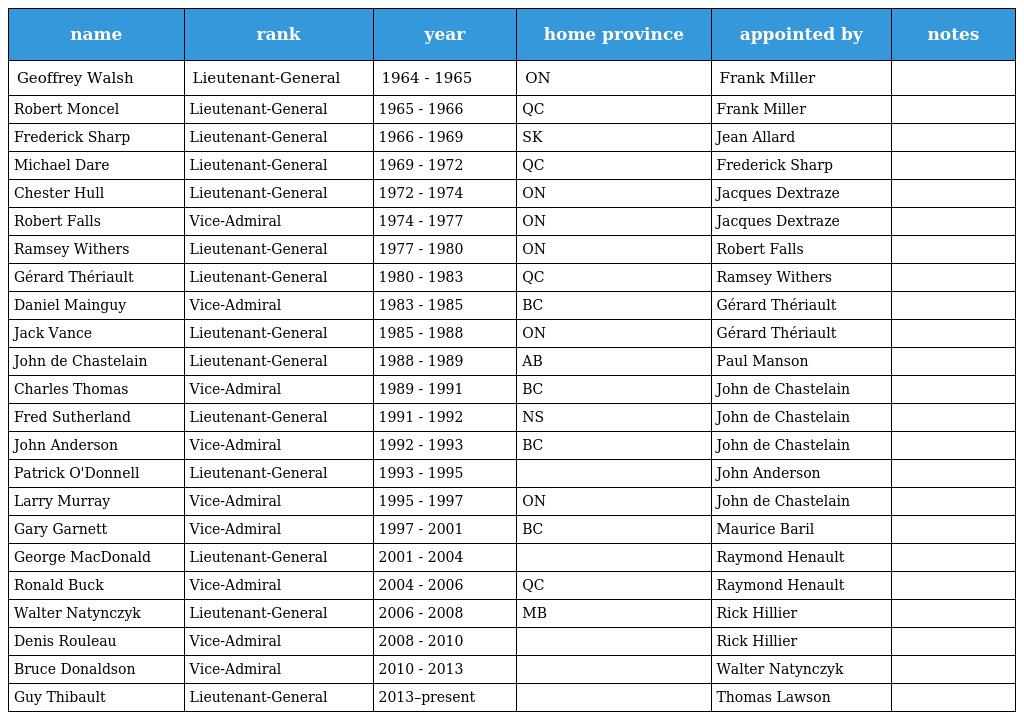
| name | rank | year | home province | appointed by | notes |
 | --- | --- | --- | --- | --- | --- |
 | Geoffrey Walsh | Lieutenant-General | 1964 - 1965 | ON | Frank Miller |  |
 | Robert Moncel | Lieutenant-General | 1965 - 1966 | QC | Frank Miller |  |
 | Frederick Sharp | Lieutenant-General | 1966 - 1969 | SK | Jean Allard |  |
 | Michael Dare | Lieutenant-General | 1969 - 1972 | QC | Frederick Sharp |  |
 | Chester Hull | Lieutenant-General | 1972 - 1974 | ON | Jacques Dextraze |  |
 | Robert Falls | Vice-Admiral | 1974 - 1977 | ON | Jacques Dextraze |  |
 | Ramsey Withers | Lieutenant-General | 1977 - 1980 | ON | Robert Falls |  |
 | Gérard Thériault | Lieutenant-General | 1980 - 1983 | QC | Ramsey Withers |  |
 | Daniel Mainguy | Vice-Admiral | 1983 - 1985 | BC | Gérard Thériault |  |
 | Jack Vance | Lieutenant-General | 1985 - 1988 | ON | Gérard Thériault |  |
 | John de Chastelain | Lieutenant-General | 1988 - 1989 | AB | Paul Manson |  |
 | Charles Thomas | Vice-Admiral | 1989 - 1991 | BC | John de Chastelain |  |
 | Fred Sutherland | Lieutenant-General | 1991 - 1992 | NS | John de Chastelain |  |
 | John Anderson | Vice-Admiral | 1992 - 1993 | BC | John de Chastelain |  |
 | Patrick O'Donnell | Lieutenant-General | 1993 - 1995 |  | John Anderson |  |
 | Larry Murray | Vice-Admiral | 1995 - 1997 | ON | John de Chastelain |  |
 | Gary Garnett | Vice-Admiral | 1997 - 2001 | BC | Maurice Baril |  |
 | George MacDonald | Lieutenant-General | 2001 - 2004 |  | Raymond Henault |  |
 | Ronald Buck | Vice-Admiral | 2004 - 2006 | QC | Raymond Henault |  |
 | Walter Natynczyk | Lieutenant-General | 2006 - 2008 | MB | Rick Hillier |  |
 | Denis Rouleau | Vice-Admiral | 2008 - 2010 |  | Rick Hillier |  |
 | Bruce Donaldson | Vice-Admiral | 2010 - 2013 |  | Walter Natynczyk |  |
 | Guy Thibault | Lieutenant-General | 2013–present |  | Thomas Lawson |  |